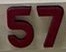
57